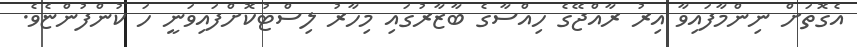
އެގޮތަށް ނިންމާފައިވާ އިރު ރާއްޖޭގެ ހިއްސާގެ ބާޒާރުގައި މިހާރު ލިސްޓުކޮށްފައިވަނީ ހަ ކުންފުންޏެވެ.